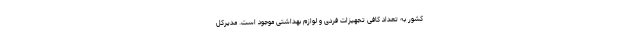
کشور به تعداد کافی تجهیزات فردی و لوازم بهداشتی موجود است. مدیرکل